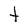
Character: t